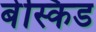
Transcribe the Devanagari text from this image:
बेस्किड